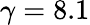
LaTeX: \gamma=8.1